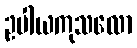
ဥပါယကုသလော